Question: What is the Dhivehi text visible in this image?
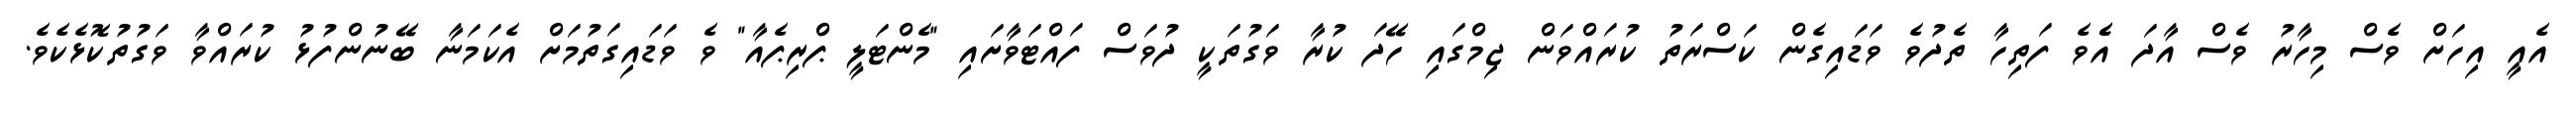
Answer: އެއީ އިހަށް ވެސް މިހާރު ވެސް އާދަ އެެވެ ފަތިހާ ތެދުވެ ވަޑައިގެން ކަސްރަތު ކުރައްވަން ޖިމްގައި ހޭދަ ކުރާ ވަގުތަކީ ދުވަސް ފައްޓަވާށައި "މެންޓަލީ ޕްރިޕެއާ" ވެ ވަޑައިގަތުމަށް އެކަމަނާ ބޭނުންފުޅު ކުރައްވާ ވަގުތުކޮޅެކެވެ.